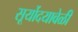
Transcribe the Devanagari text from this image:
सूर्योदयावेळी